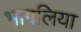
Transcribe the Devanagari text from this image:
भागलिया